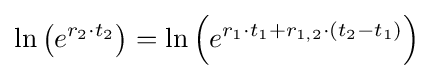
\ln \left(e^{r_{2}\cdot t_{2}}\right)=\ln \left(e^{r_{1}\cdot t_{1}+r_{1,2}\cdot \left(t_{2}-t_{1}\right)}\right)